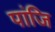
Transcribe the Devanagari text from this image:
पांजि